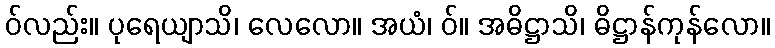
ဝ်လည်း။ ပုရေယျာသိ၊ လေလော။ အယံ၊ ဝ်။ အဓိဋ္ဌာသိ၊ ဓိဋ္ဌာန်ကုန်လော။